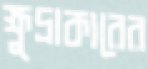
ক্ষুদ্রাকারের